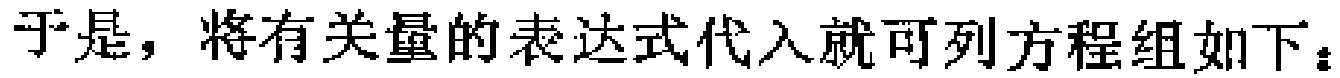
于是，将有关量的表达式代入就可列方程组如下：